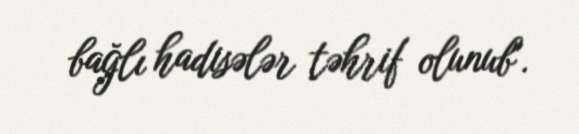
bağlı hadisələr təhrif olunub".